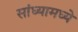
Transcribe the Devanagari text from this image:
सांध्यामध्ये